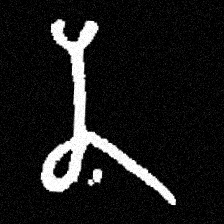
Pyu character \u2014 Myanmar letter: န (romanized: na)